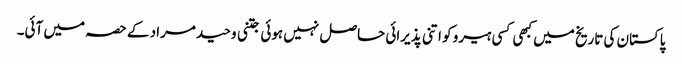
پاکستان کی تاریخ میں کبھی کسی ہیرو کو اتنی پذیرائی حاصل نہیں ہوئی جتنی وحید مراد کے حصہ میں آئی۔